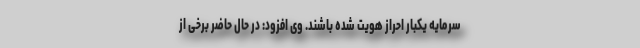
سرمایه یکبار احراز هویت شده باشند. وی افزود: در حال حاضر برخی از